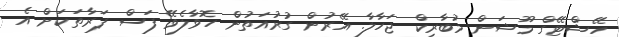
ހޭޝްޓޭގް މޫޝަން މުބާރިކް ޖަހާލާ. އޭރުން ގުރުއަތުން ހޮވާލެވޭ ފަސް ފަރާތަކަށް އެ